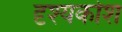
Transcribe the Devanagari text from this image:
दृश्यकोश